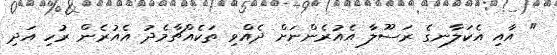
" އާއި އެކަލާނގެ ރަސޫލާ އެއުރެންނަށް ދެއްވި ތަކެއްޗާމެދު އެއުރެން ރުހި އަދި